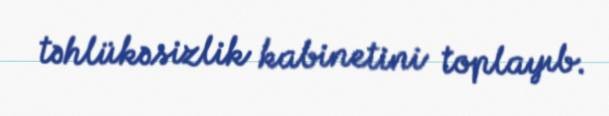
təhlükəsizlik kabinetini toplayıb.